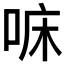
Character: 𠳹